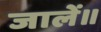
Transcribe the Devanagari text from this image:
जालें॥